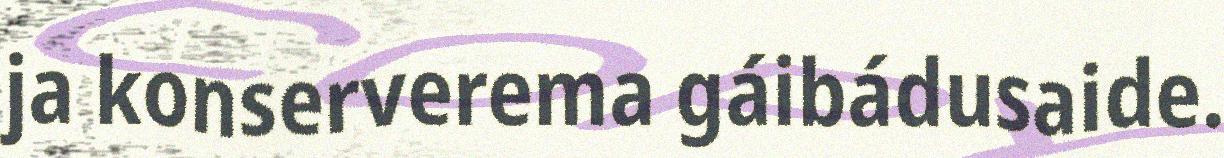
ja konserverema gáibádusaide.